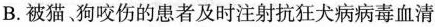
B.被猫狗咬伤的患者及时注射抗狂犬病病毒血清